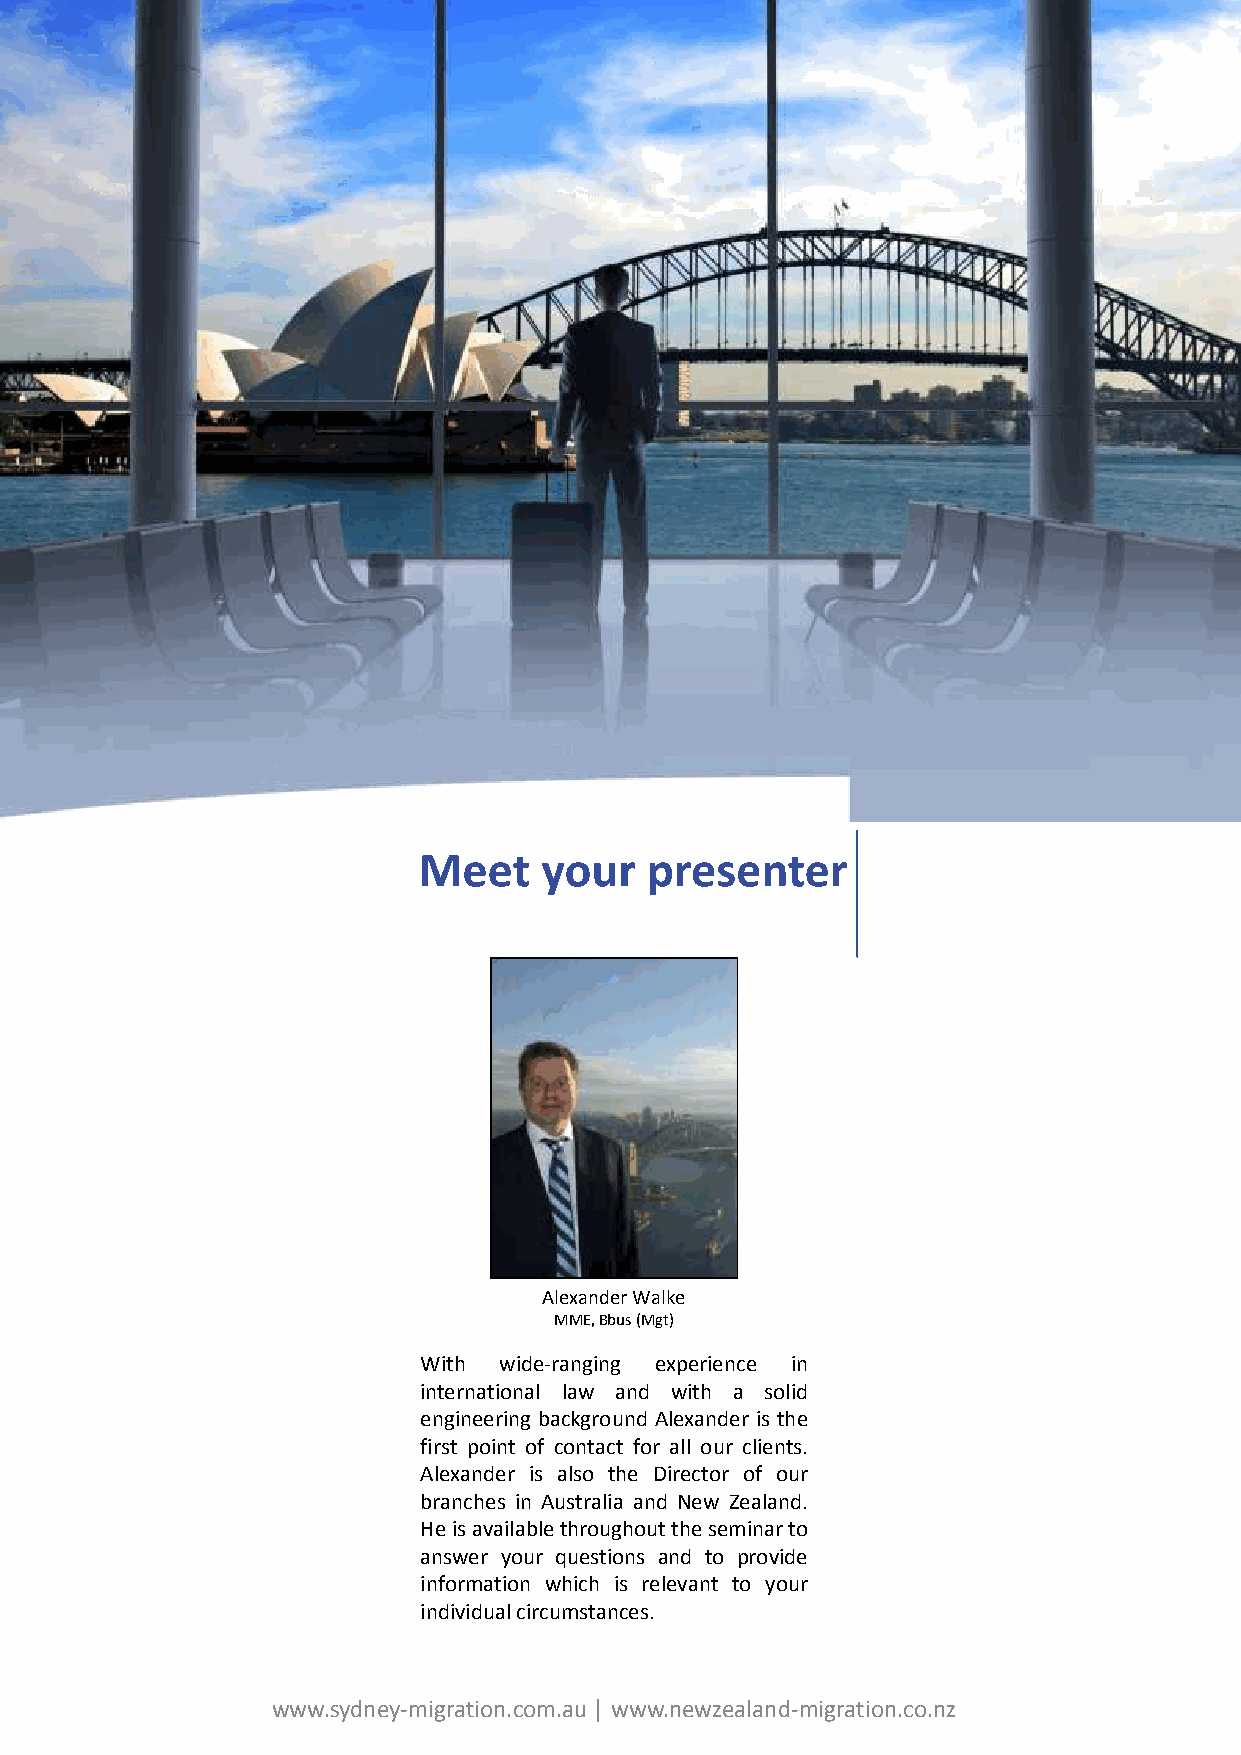
Meet    your   presenter
 Alexander Walke
 MME, Bbus(Mgt)
 With wide-ranging experience in
 international law and with a solid
 engineering background Alexander is the
 first point of contact for all our clients.
 Alexander is also the Director of our
 branches in Australia and New Zealand.
 Heisavailablethroughouttheseminarto
 answer your questions and to provide
 information which is relevant to your
 individualcircumstances.
 www.sydney-migration.com.au │ www.newzealand-migration.co.nz